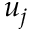
u _ { j }